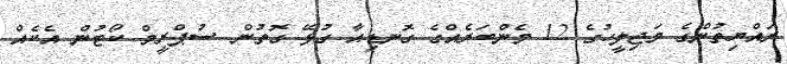
ރައްޔިތުންގެ މަޖިލީހުގެ 12 މެންބަރެއްގެ ގޮނޑިއާ ގުޅޭ ގޮތުން ސުޕްރީމް ކޯޓުން އެކެއް